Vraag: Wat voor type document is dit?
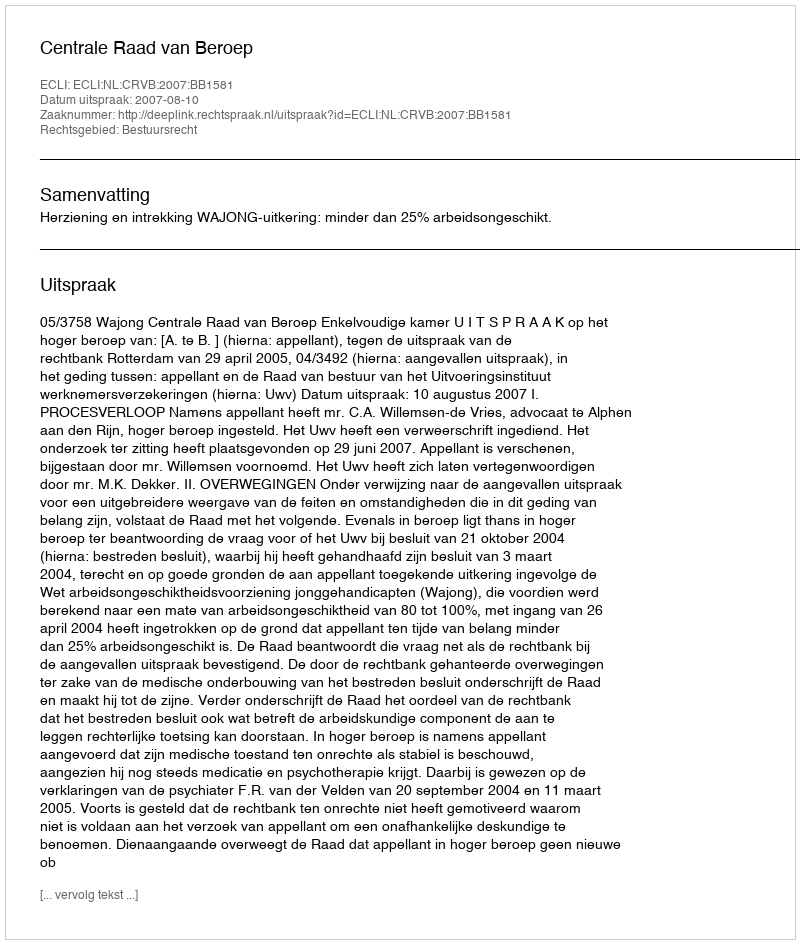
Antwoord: Uitspraak